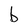
Character: b